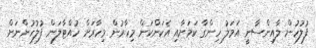
ފުލުހުން ލާއިންސާނީ އަމަލު ހިންގާ ކަމަށާއި އެކަންކަން މިހާރުން މިހާރަށް ހުއްޓާލަން ފުލުހުންނަށް